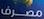
مضرف